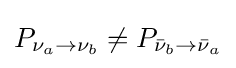
P_{\nu _{a}\rightarrow \nu _{b}}\neq P_{{\bar {\nu }}_{b}\rightarrow {\bar {\nu }}_{a}}